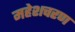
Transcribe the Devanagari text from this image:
महेशचरण